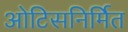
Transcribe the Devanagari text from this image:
ओटिसनिर्मित